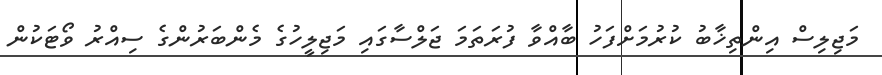
މަޖިލިސް އިންތިޚާބު ކުރުމަށްފަހު ބާއްވާ ފުރަތަމަ ޖަލްސާގައި މަޖިލީހުގެ މެންބަރުންގެ ސިއްރު ވޯޓަކުން